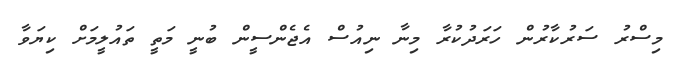
މިސްރު ސަރުކާރުން ހަރަދުކުރާ މިނާ ނިއުސް އެޖެންސީން ބުނީ މަތީ ތައުލީމަށް ކިޔަވާ